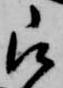
被